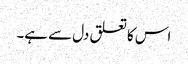
اس کا تعلق دل سے ہے۔